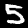
Digit: 5